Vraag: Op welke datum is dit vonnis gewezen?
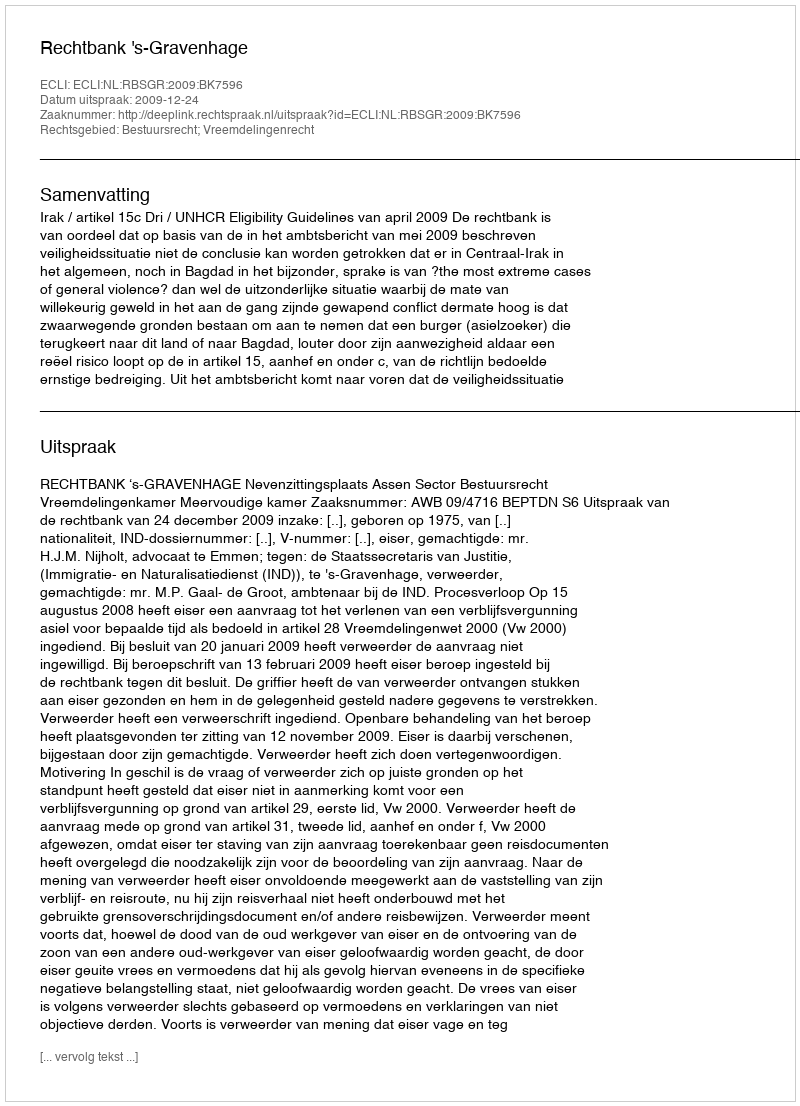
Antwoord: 2009-12-24